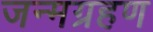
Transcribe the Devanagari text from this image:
जन्मग्रहण